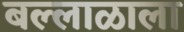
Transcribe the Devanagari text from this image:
बल्लाळाला